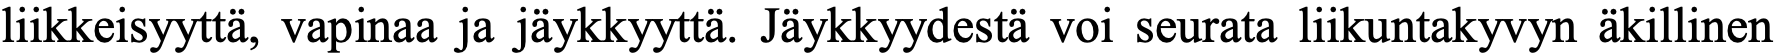
liikkeisyyttä, vapinaa ja jäykkyyttä. Jäykkyydestä voi seurata liikuntakyvyn äkillinen